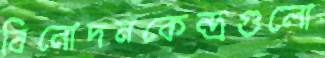
বিনোদনকেন্দ্রগুলো